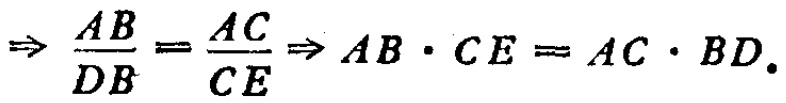
\(\Rightarrow \frac{AB}{DB}=\frac{AC}{CE}\Rightarrow AB\cdot CE = AC\cdot BD.\)